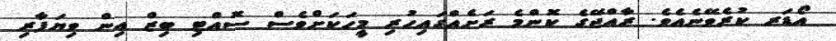
އޯޑަރ ކުރެވޭނެއެވެ. ރާއްޖޭގެ ކޮންމެ ރަށެއްގައިހުރި މީހަކަށްވެސް ސޮއްޓި ބިޒް އިން ވިޔަފާރި